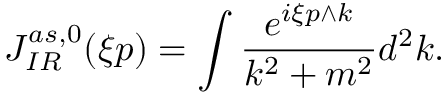
J _ { I R } ^ { a s , 0 } ( \xi p ) = \int \frac { e ^ { i \xi p \wedge k } } { k ^ { 2 } + m ^ { 2 } } d ^ { 2 } k .